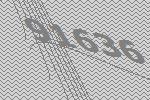
91636